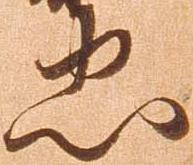
忠